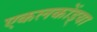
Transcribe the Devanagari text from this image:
एकलकोंड्या